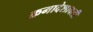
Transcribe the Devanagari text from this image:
क्रमादेशावली